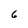
Character: 6